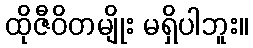
ထိုဇီဝိတမျိုး မရှိပါဘူး။